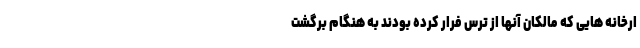
ارخانه هایی که مالکان آنها از ترس فرار کرده بودند به هنگام برگشت